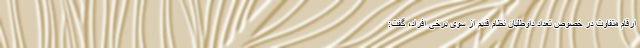
ارقام متفاوت در خصوص تعداد داوطلبان نظام قدیم از سوی برخی افراد، گفت: